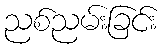
ညစ်ညမ်းခြင်း